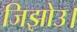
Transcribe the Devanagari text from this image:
जिझोउ।